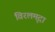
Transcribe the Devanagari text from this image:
विरलमृदा